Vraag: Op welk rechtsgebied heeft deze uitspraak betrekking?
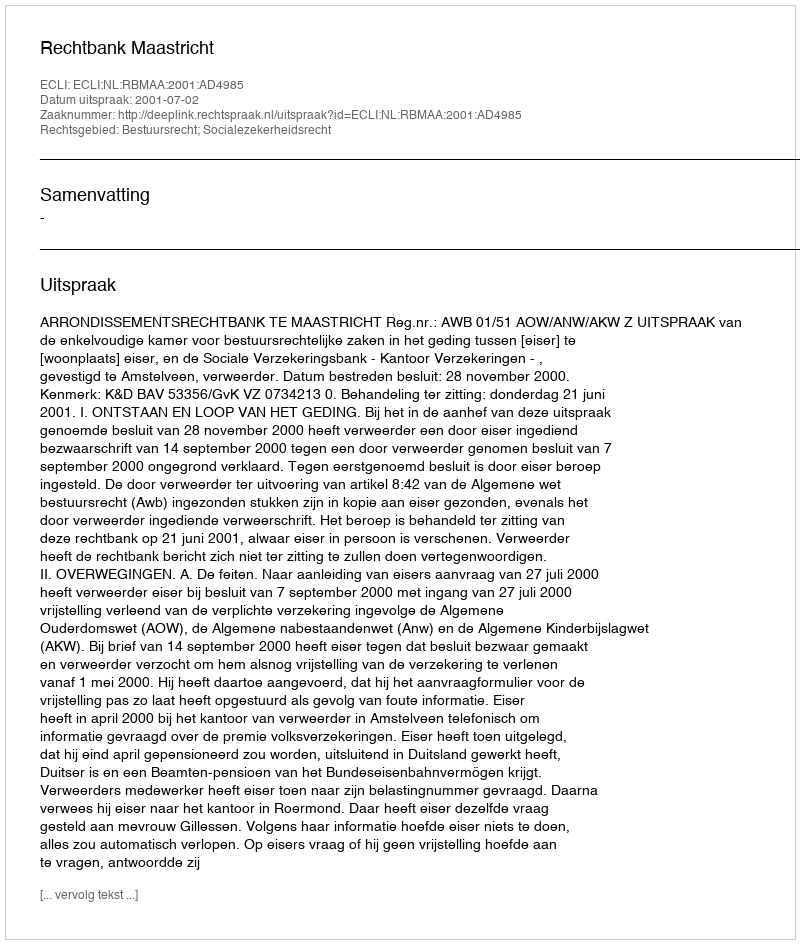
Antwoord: Bestuursrecht; Socialezekerheidsrecht